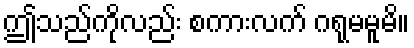
ဤသည်ကိုလည်း စကားလက် ဂရုမမူမိ။